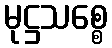
မုဋ္ဌသစ္စေ